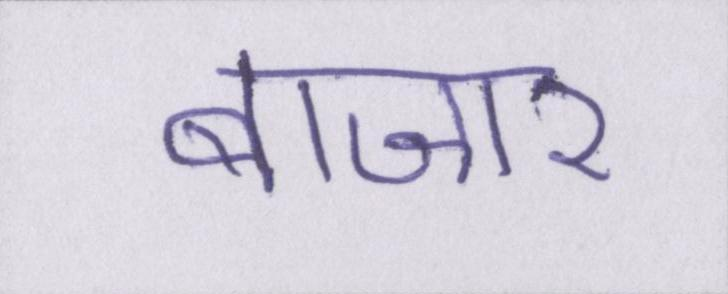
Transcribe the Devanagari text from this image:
बाजार